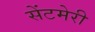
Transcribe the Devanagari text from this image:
सेंटमेरी